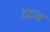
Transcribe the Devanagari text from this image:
हाज़